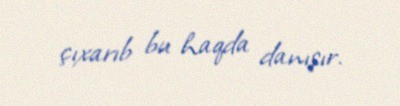
çıxarıb bu haqda danışır.